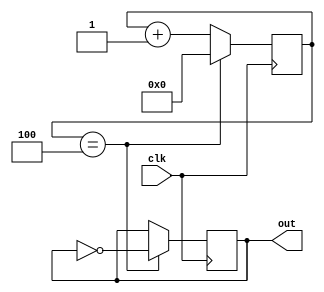
`timescale 1ns / 1ps

// tries to gen 0.01s -> 100hz

module gen_freq #(parameter times=10) (clk,out);

input clk;
output reg out=0;

reg [18:0] cnt=0;
always @ (posedge clk)
if(cnt==(times>>1)-1)
    begin
    cnt <= 0;
    out <= ~out;
    end
else
    cnt <= cnt+1;


endmodule